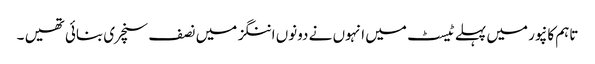
تاہم کانپور میں پہلے ٹیسٹ میں انہوں نے دونوں اننگز میں نصف سنچری بنائی تھیں ۔